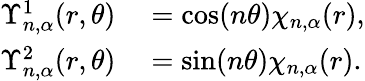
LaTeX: \begin{array}{rl}{\Upsilon_{n,\alpha}^{1}(r,\theta)}&{{}=\cos(n\theta)\chi_{n,\alpha}(r),}\\ {\Upsilon_{n,\alpha}^{2}(r,\theta)}&{{}=\sin(n\theta)\chi_{n,\alpha}(r).}\end{array}